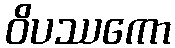
ဝိပဿကော